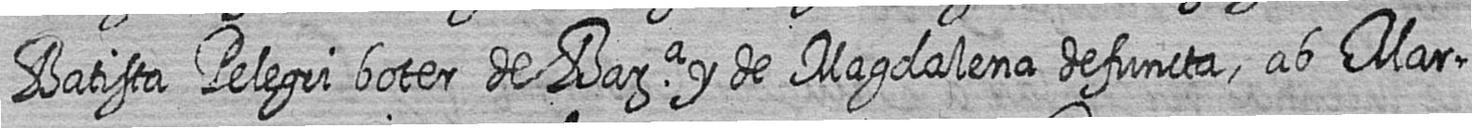
Batista Pelegri boter de Bara y de Magdalena defuncta ab Mar=